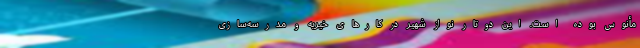
مأنوس بوده‌ است. این دوتار نواز شهیر در کارهای خیریه و مدرسه‌سازی